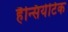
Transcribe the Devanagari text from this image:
हैन्सियेटिक